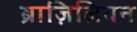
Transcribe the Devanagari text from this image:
ब्राज़िलियन